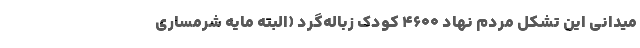
میدانی این تشکل مردم نهاد ۴۶۰۰ کودک زباله‌گرد (البته مایه شرمساری